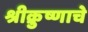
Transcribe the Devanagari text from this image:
श्रीक्रुष्णाचे